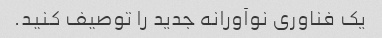
یک فناوری نوآورانه جدید را توصیف کنید.